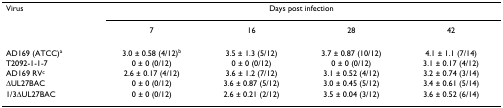
<table><thead><tr><td><b>Virus</b></td><td colspan="4"><b>Days post infection</b></td></tr><tr><td></td><td><b>7</b></td><td><b>16</b></td><td><b>28</b></td><td><b>42</b></td></tr></thead><tbody><tr><td>AD169 (ATCC)<sup>a</sup></td><td>3.0 ± 0.58 (4/12)<sup>b</sup></td><td>3.5 ± 1.3 (5/12)</td><td>3.7 ± 0.87 (10/12)</td><td>4.1 ± 1.1 (7/14)</td></tr><tr><td>T2092-1-1-7</td><td>0 ± 0 (0/12)</td><td>0 ± 0 (0/12)</td><td>0 ± 0 (0/12)</td><td>3.1 ± 0.17 (4/12)</td></tr><tr><td>AD169 RV<sup>c</sup></td><td>2.6 ± 0.17 (4/12)</td><td>3.6 ± 1.2 (7/12)</td><td>3.1 ± 0.52 (4/12)</td><td>3.2 ± 0.74 (3/14)</td></tr><tr><td>ΔUL27BAC</td><td>0 ± 0 (0/12)</td><td>3.6 ± 0.87 (5/12)</td><td>3.0 ± 0.45 (5/12)</td><td>3.4 ± 0.61 (5/14)</td></tr><tr><td>1/3ΔUL27BAC</td><td>0 ± 0 (0/12)</td><td>2.6 ± 0.21 (2/12)</td><td>3.5 ± 0.04 (3/12)</td><td>3.6 ± 0.52 (6/14)</td></tr></tbody></table>